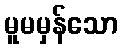
မူမမှန်သော